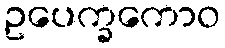
ဥပေက္ခကောဝ